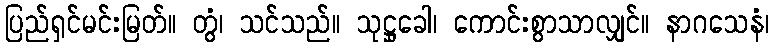
ပြည်ရှင်မင်းမြတ်။ တွံ၊ သင်သည်။ သုဋ္ဌုခေါ၊ ကောင်းစွာသာလျှင်။ နာဂသေနံ၊